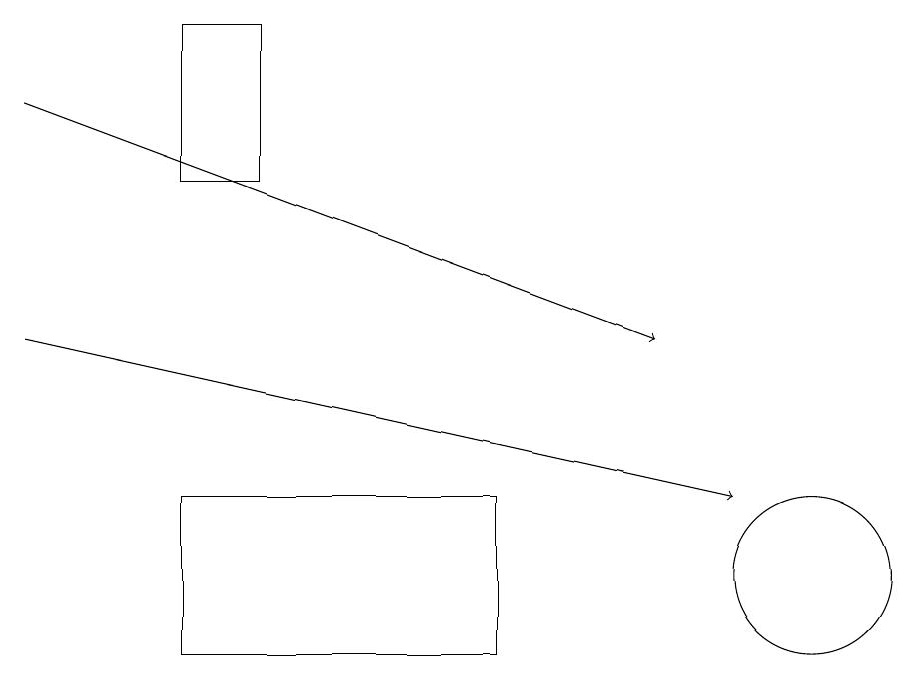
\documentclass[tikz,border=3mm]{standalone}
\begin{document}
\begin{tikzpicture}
\draw[->] (0,17) -- (8,14);
\draw (2,10) rectangle (6,12);
\draw (2,18) rectangle (3,16);
\draw (11,10) circle (0);
\draw (10,11) circle (1);
\draw[->] (0,14) -- (9,12);
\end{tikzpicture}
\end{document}